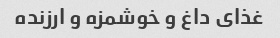
غذای داغ و خوشمزه و ارزنده